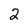
Character: 2